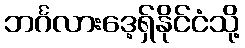
ဘင်္ဂလားဒေ့ရှ်နိုင်ငံသို့